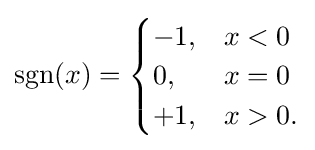
\operatorname {sgn} (x)={\begin{cases}-1,&x<0\\0,&x=0\\+1,&x>0.\end{cases}}